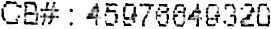
CB# : 45976649320